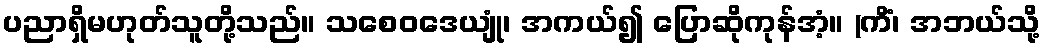
ပညာရှိမဟုတ်သူတို့သည်။ သစေဝဒေယျုံ၊ အကယ်၍ ပြောဆိုကုန်အံ့။ (ကိံ၊ အဘယ်သို့